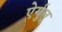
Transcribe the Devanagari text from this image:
ऐर्गुन्